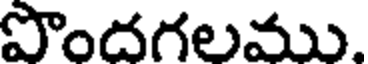
పొందగలము.